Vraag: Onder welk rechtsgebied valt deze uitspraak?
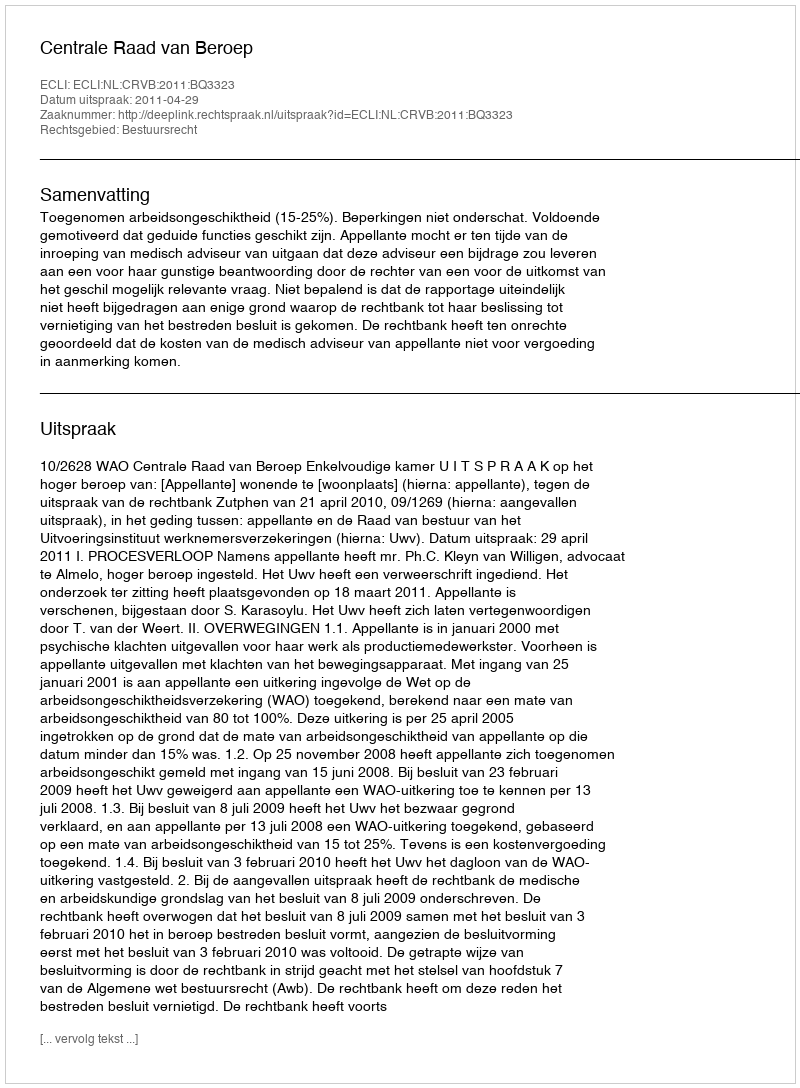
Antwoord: Bestuursrecht